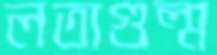
লতাগুল্ম